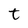
Character: t